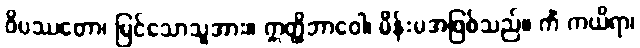
ဝိပဿတော၊ မြင်သောသူအား။ ဣတ္ထိဘာဝေါ၊ မိန်းမအဖြစ်သည်။ ကိံ ကယိရာ၊